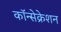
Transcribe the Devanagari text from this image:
कॉन्सेक्रेशन